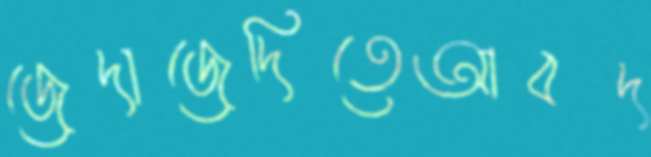
জেদাজেদিতেআবদ